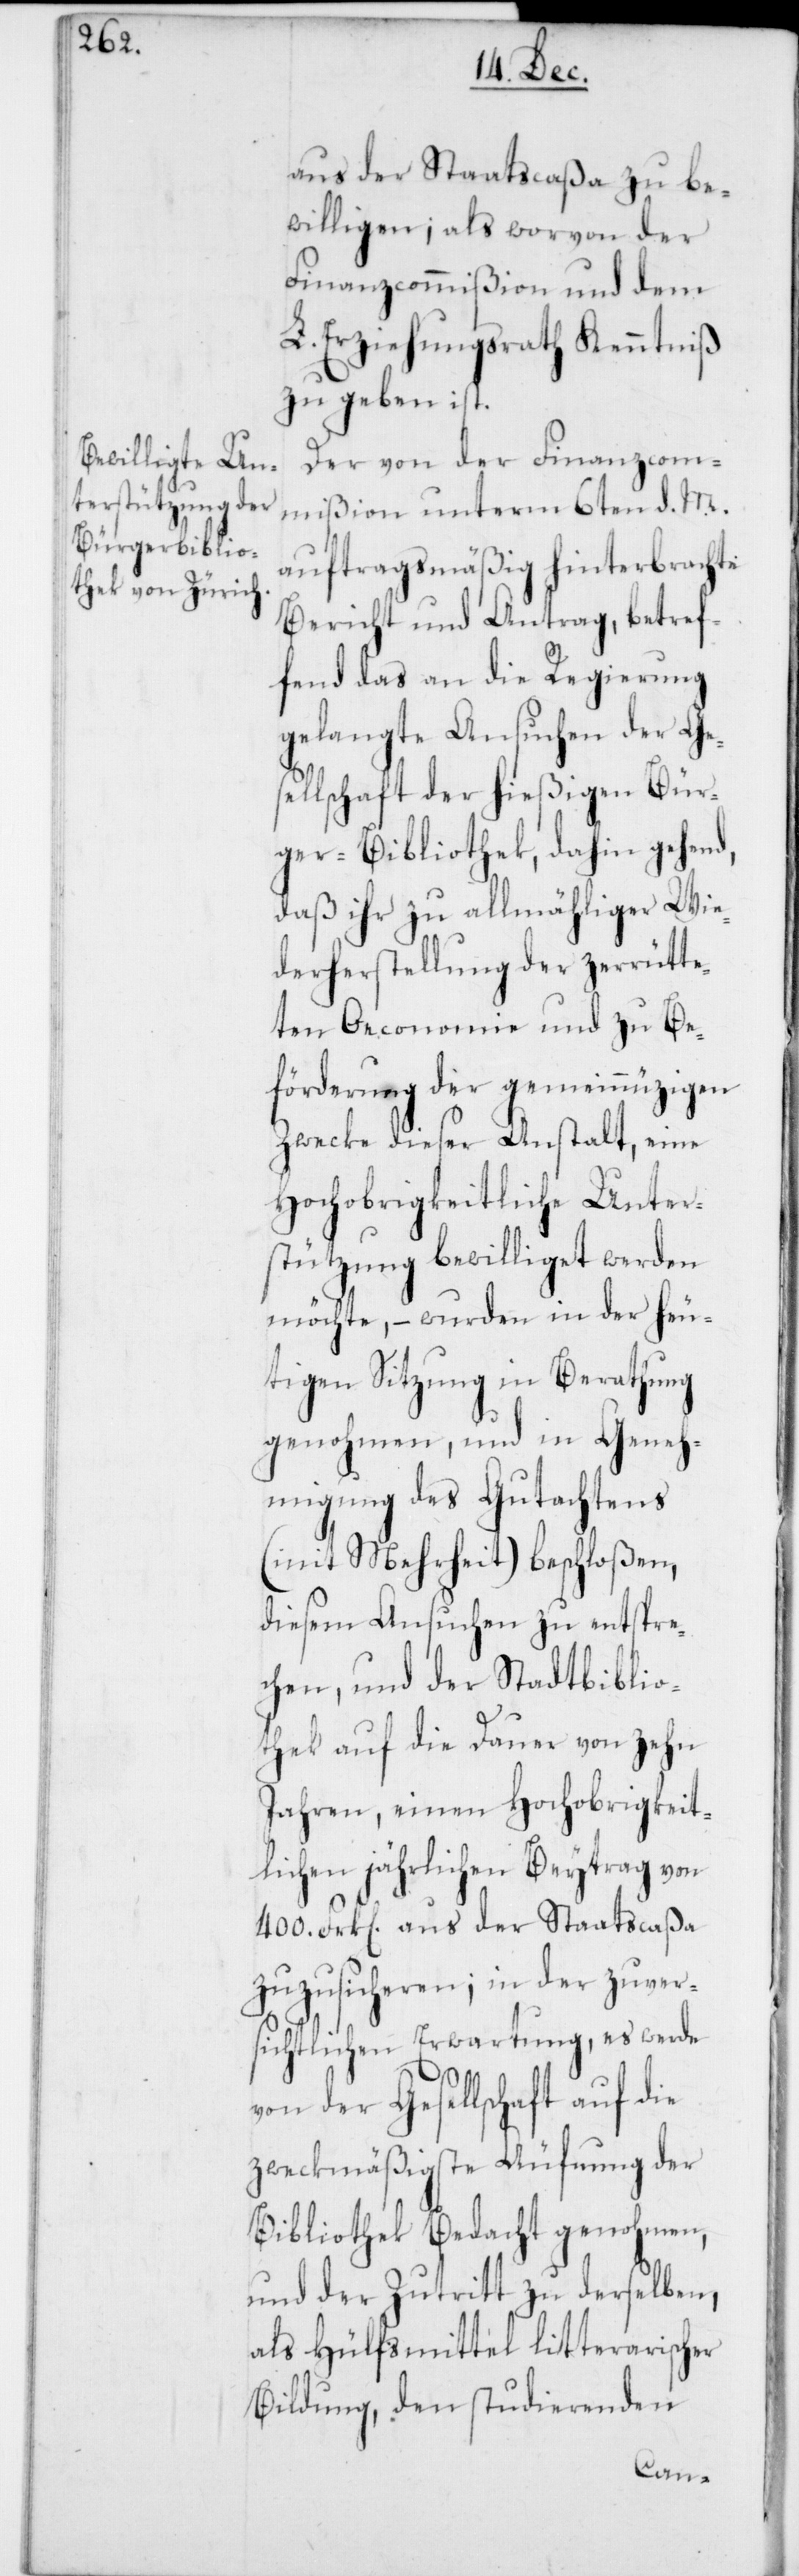
aus der Staatscaßa zu be¬
willigen; als worvon der
Finanzcommißion und dem
L. Erziehungsrath Kenntniß
zu geben ist.
Der von der Finanzcom¬
mißion unterm 6ten d. M.
auftragsmäßig hinterbrachte
Bericht und Antrag, betref¬
fend das an die Regierung
gelangte Ansuchen der Ges¬
ellschaft der hießigen Bür¬
ger-Bibliothek, dahin gehend,
daß ihr zu allmähliger Wie¬
derherstellung der zerrütte¬
ten Oeconomie und zu Be¬
förderung der gemeinnützigen
Zwecke dieser Anstalt, eine
Hochobrigkeitliche Unter¬
stützung bewilliget werden
möchte, – wurden in der heu¬
tigen Sitzung in Berathung
genohmen, und in Geneh¬
migung des Gutachtens
(mit Mehrheit) beschloßen,
diesem Ansuchen zu entspre¬
chen, und der Stadtbiblio¬
thek auf die Dauer von zehn
Jahren, einen Hochobrigkeit¬
lichen jährlichen Beytrag von
400. Frk[en]. aus der Staatscaßa
zuzusicheren; in der zuver¬
sichtlichen Erwartung, es werde
von der Gesellschaft auf die
zweckmäßigste Äufnung der
Bibliothek Bedacht genohmen,
und der Zutritt zu derselben,
als Hülfsmittel litterarischer
Bildung, den studierenden